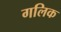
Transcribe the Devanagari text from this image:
गलिक